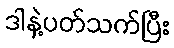
ဒါနဲ့ပတ်သက်ပြီး